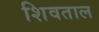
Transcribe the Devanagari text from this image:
शिवताल